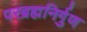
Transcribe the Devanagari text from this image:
परब्रह्मनिर्गुण